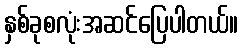
နှစ်ခုစလုံးအဆင်ပြေပါတယ်။